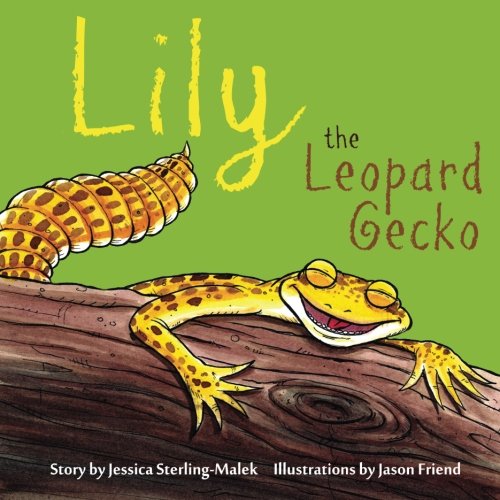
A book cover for Lily The Leopard Gecko; Jessica Sterling-Malek; Crafts, Hobbies & Home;